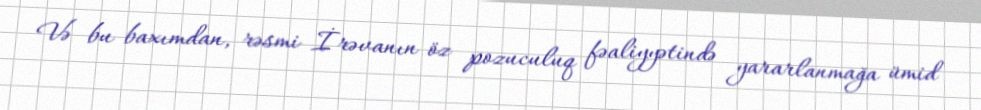
Və bu baxımdan, rəsmi İrəvanın öz pozuculuq fəaliyyətində yararlanmağa ümid